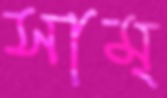
সাম্